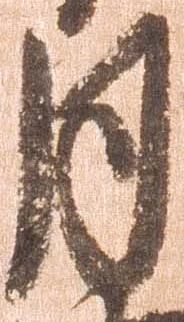
月